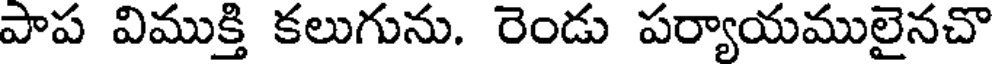
పాప విముక్తి కలుగును. రెండు పర్యాయములైనచొ